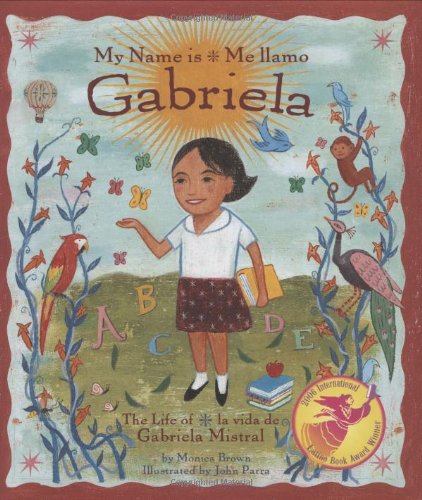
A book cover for My Name is Gabriela/Me llamo Gabriela (Bilingual): The Life of Gabriela Mistral/la vida de Gabriela Mistral (English, Multilingual and Spanish Edition); Monica Brown; Children's Books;